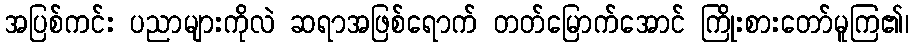
အပြစ်ကင်း ပညာများကိုလဲ ဆရာအဖြစ်ရောက် တတ်မြောက်အောင် ကြိုးစားတော်မူကြ၏၊